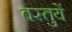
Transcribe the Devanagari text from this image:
वस्‍तुयें